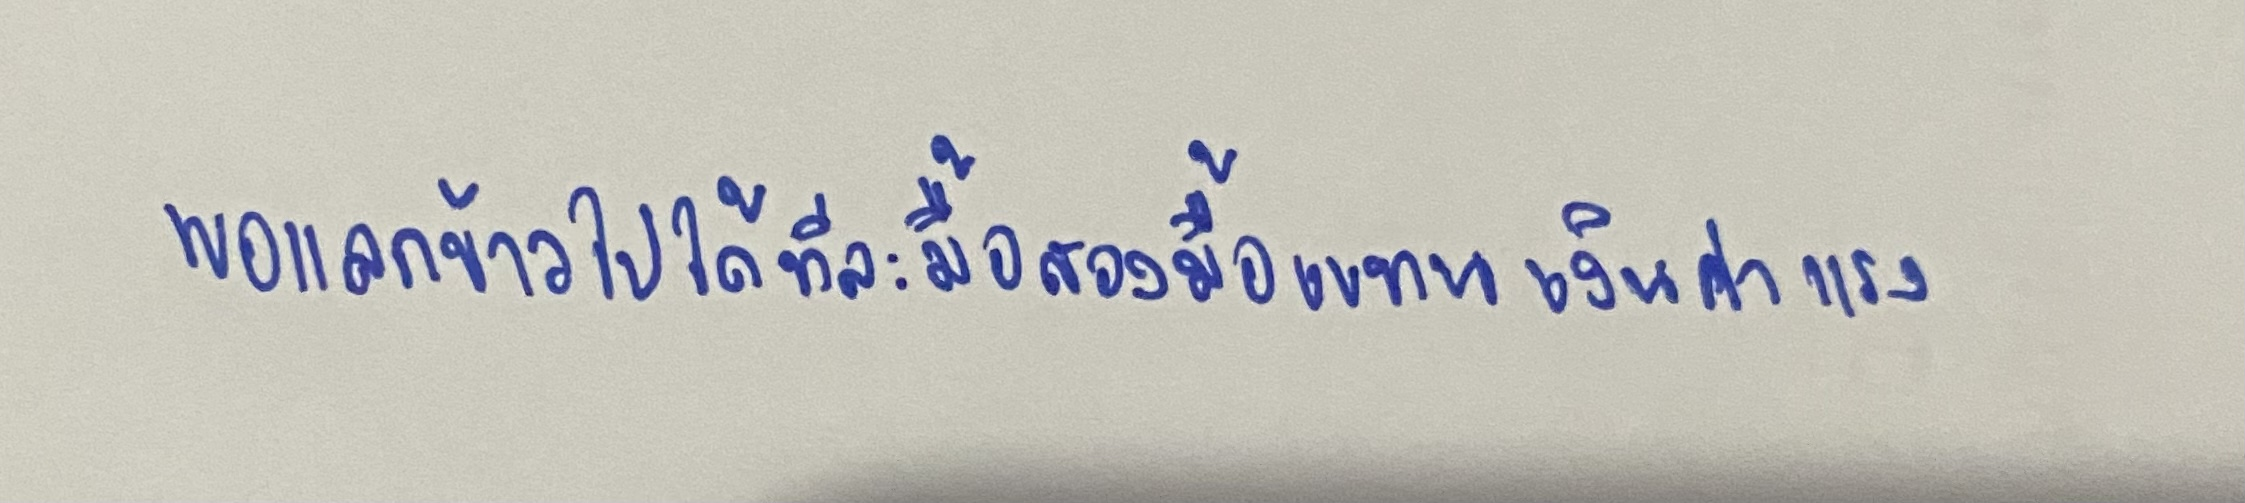
พอแลกข้าวไปได้ทีละมื้อสองมื้อแทนเงินค่าแรง